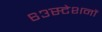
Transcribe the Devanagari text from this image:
६३स्टेशनों